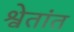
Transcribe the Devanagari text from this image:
श्वेतांत